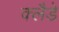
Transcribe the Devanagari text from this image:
क्लैडे